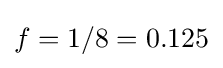
f=1/8=0.125